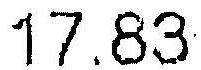
17.83